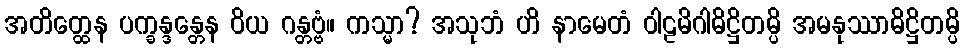
အတိတ္ထေန ပက္ခန္ဒန္တေန ဝိယ ဂန္တဗ္ဗံ။ ကသ္မာ? အသုဘံ ဟိ နာမေတံ ဝါဠမိဂါဓိဋ္ဌိတမ္ပိ အမနုဿာဓိဋ္ဌိတမ္ပိ